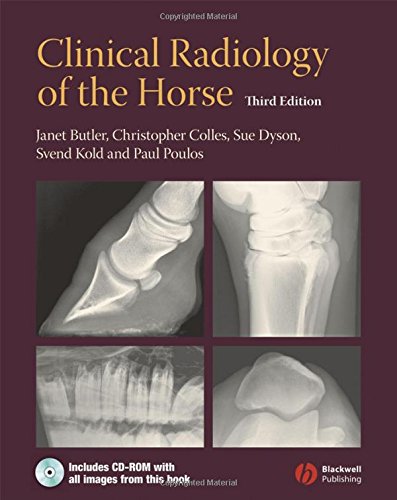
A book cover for Clinical Radiology of the Horse; Janet Butler; Medical Books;